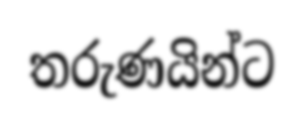
තරුණයින්ට